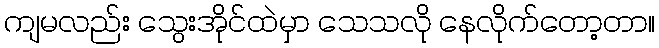
ကျမလည်း သွေးအိုင်ထဲမှာ သေသလို နေလိုက်တော့တာ။